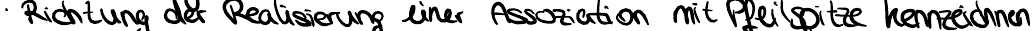
Richtung der Realisierung einer Assoziation mit Pfeilspitze kennzeichnen